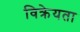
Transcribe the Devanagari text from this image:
विक्रेयता